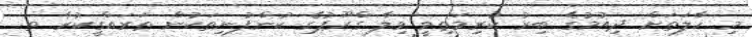
މި ހާލަތަށް ދިއުމުގެ ބިރު ކުރިމަތިވީ ވިލާ ގްރޫޕުގެ ކުންފުނިތަކުން ތަރައްގީކުރާ ތ.